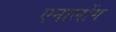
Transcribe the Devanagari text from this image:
एनालोंग